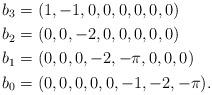
LaTeX: \begin{align*}b_3 &= (1,-1,0,0,0,0,0,0)\\ b_2 &= (0,0,-2,0,0,0,0,0)\\ b_1 &= (0,0,0,-2,-{\pi},0,0,0)\\ b_0 &= (0,0,0,0,0,-1, -2,-{\pi}).\end{align*}